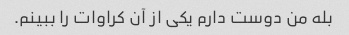
بله من دوست دارم یکی از آن کراوات را ببینم.